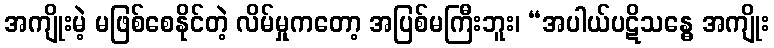
အကျိုးမဲ့ မဖြစ်စေနိုင်တဲ့ လိမ်မှုကတော့ အပြစ်မကြီးဘူး၊ “အပါယ်ပဋိသန္ဓေ အကျိုး